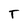
Character: T